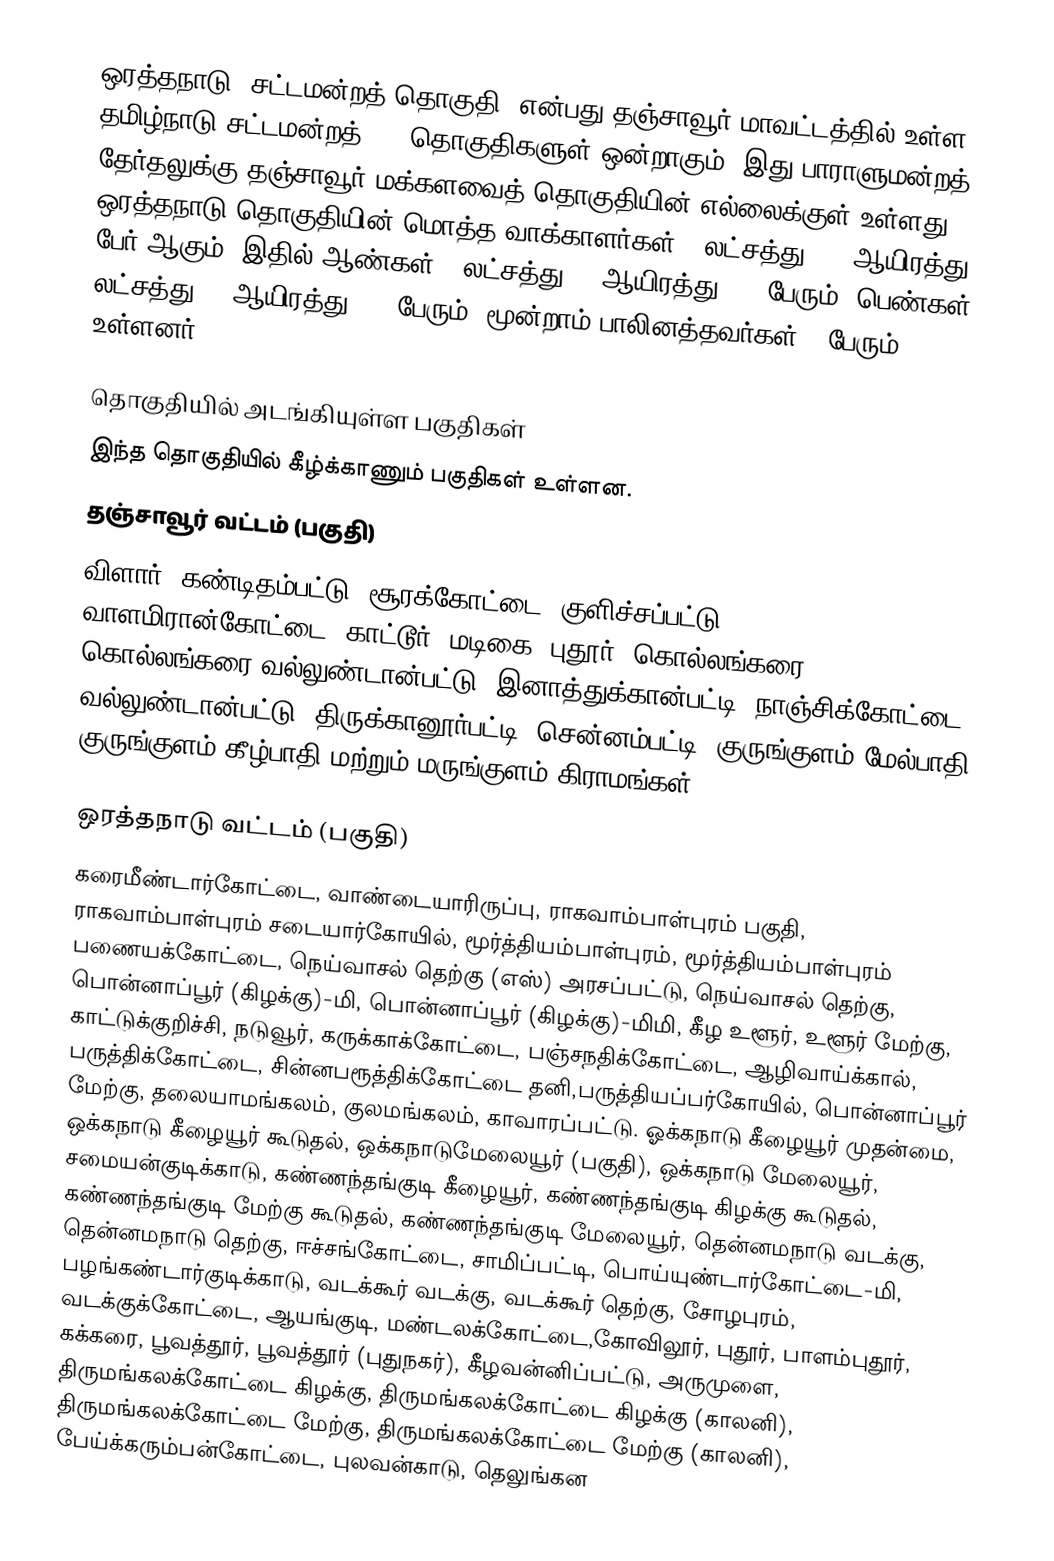
ஒரத்தநாடு  (சட்டமன்றத் தொகுதி) என்பது தஞ்சாவூர் மாவட்டத்தில் உள்ள தமிழ்நாடு சட்டமன்றத் 234 தொகுதிகளுள் ஒன்றாகும். இது பாராளுமன்றத் தேர்தலுக்கு தஞ்சாவூர் மக்களவைத் தொகுதியின் எல்லைக்குள் உள்ளது. ஒரத்தநாடு தொகுதியின் மொத்த வாக்காளர்கள் 2 லட்சத்து, 43 ஆயிரத்து 7 பேர் ஆகும். இதில் ஆண்கள் 1 லட்சத்து 18 ஆயிரத்து 812 பேரும், பெண்கள் 1 லட்சத்து 24 ஆயிரத்து 892 பேரும், மூன்றாம் பாலினத்தவர்கள் 3 பேரும் உள்ளனர்.

தொகுதியில் அடங்கியுள்ள பகுதிகள்
இந்த தொகுதியில் கீழ்க்காணும் பகுதிகள் உள்ளன.
 தஞ்சாவூர் வட்டம் (பகுதி)
விளார், கண்டிதம்பட்டு, சூரக்கோட்டை, குளிச்சப்பட்டு, வாளமிரான்கோட்டை, காட்டூர், மடிகை, புதூர், கொல்லங்கரை, கொல்லங்கரை வல்லுண்டான்பட்டு, இனாத்துக்கான்பட்டி, நாஞ்சிக்கோட்டை, வல்லுண்டான்பட்டு, திருக்கானூர்பட்டி, சென்னம்பட்டி, குருங்குளம் மேல்பாதி, குருங்குளம் கீழ்பாதி மற்றும் மருங்குளம் கிராமங்கள்.

ஒரத்தநாடு வட்டம் (பகுதி)
கரைமீண்டார்கோட்டை, வாண்டையாரிருப்பு, ராகவாம்பாள்புரம் பகுதி, ராகவாம்பாள்புரம் சடையார்கோயில், மூர்த்தியம்பாள்புரம், மூர்த்தியம்பாள்புரம் பணையக்கோட்டை, நெய்வாசல் தெற்கு (எஸ்) அரசப்பட்டு, நெய்வாசல் தெற்கு, பொன்னாப்பூர் (கிழக்கு)-மி, பொன்னாப்பூர் (கிழக்கு)-மிமி, கீழ உளூர், உளூர் மேற்கு, காட்டுக்குறிச்சி, நடுவூர், கருக்காக்கோட்டை, பஞ்சநதிக்கோட்டை, ஆழிவாய்க்கால், பருத்திக்கோட்டை, சின்னபரூத்திக்கோட்டை தனி,பருத்தியப்பர்கோயில், பொன்னாப்பூர் மேற்கு, தலையாமங்கலம், குலமங்கலம், காவாரப்பட்டு. ஓக்கநாடு கீழையூர் முதன்மை, ஒக்கநாடு கீழையூர் கூடுதல், ஒக்கநாடுமேலையூர் (பகுதி), ஒக்கநாடு மேலையூர், சமையன்குடிக்காடு, கண்ணந்தங்குடி கீழையூர், கண்ணந்தங்குடி கிழக்கு கூடுதல், கண்ணந்தங்குடி மேற்கு கூடுதல், கண்ணந்தங்குடி மேலையூர், தென்னமநாடு வடக்கு, தென்னமநாடு தெற்கு, ஈச்சங்கோட்டை, சாமிப்பட்டி, பொய்யுண்டார்கோட்டை-மி, பழங்கண்டார்குடிக்காடு, வடக்கூர் வடக்கு, வடக்கூர் தெற்கு, சோழபுரம், வடக்குக்கோட்டை, ஆயங்குடி, மண்டலக்கோட்டை,கோவிலூர், புதூர், பாளம்புதூர், கக்கரை, பூவத்தூர், பூவத்தூர் (புதுநகர்), கீழவன்னிப்பட்டு, அருமுளை, திருமங்கலக்கோட்டை கிழக்கு, திருமங்கலக்கோட்டை கிழக்கு (காலனி), திருமங்கலக்கோட்டை மேற்கு, திருமங்கலக்கோட்டை மேற்கு (காலனி), பேய்க்கரும்பன்கோட்டை, புலவன்காடு, தெலுங்கன